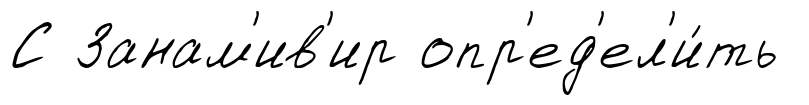
С Занам'ив'ир опр'ед'ел'и́ть